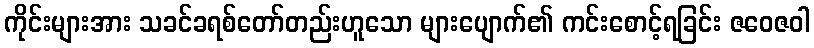
ကိုင်းများအား သခင်ခရစ်တော်တည်းဟူသော များပျောက်၏ ကင်းစောင့်ရခြင်း ဇဝေဇဝါ